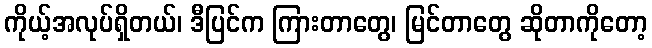
ကိုယ့်အလုပ်ရှိတယ်၊ ဒီပြင်က ကြားတာတွေ၊ မြင်တာတွေ ဆိုတာကိုတော့